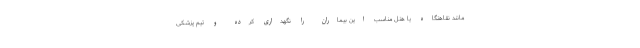
مانند نقاهتگاه یا هتل مناسب این بیماران را نگهداری کرده و تیم پزشکی